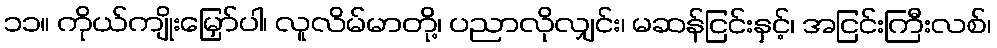
၁၁။ ကိုယ်ကျိုးမြှော်ပါ၊ လူလိမ်မာတို့၊ ပညာလိုလျှင်း၊ မဆန်ငြင်းနှင့်၊ အငြင်းကြီးလစ်၊